Leaving Certificate Examination (including Day School Certificate (Higher) General paper), 1931
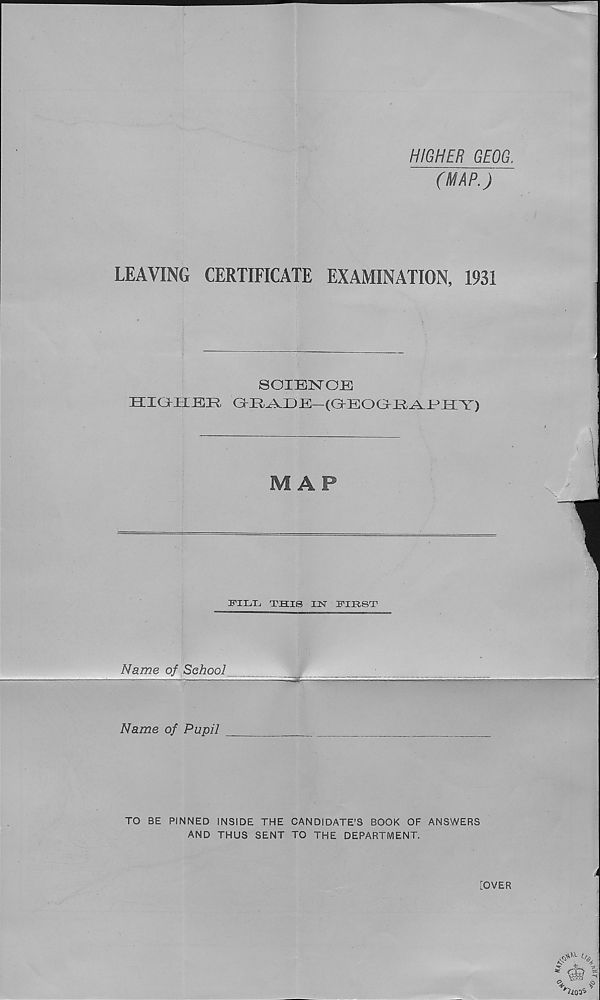
HIGHER GEOG.
(MAP.)
LEAVING CERTIFICATE EXAMINATION, 1931
SOIBNOB
Hie jM BIi
MAP
TPXTjTj this in first
Name of School
Name of Pupil
TO BE PINNED INSIDE THE CANDIDATE’S BOOK OF ANSWERS
AND THUS SENT TO THE DEPARTMENT.
[OVER